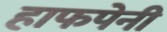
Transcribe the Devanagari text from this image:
हाफपेनी